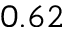
0 . 6 2